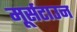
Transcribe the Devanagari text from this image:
मूर्सटाउन